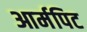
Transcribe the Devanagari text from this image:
आर्मपिट